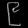
Digit: ၉